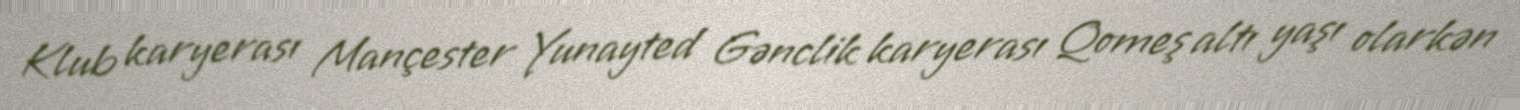
Klub karyerası Mançester Yunayted Gənclik karyerası Qomeş altı yaşı olarkən